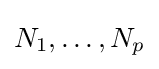
N_{1},\dots ,N_{p}